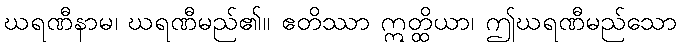
ဃရဏီနာမ၊ ဃရဏီမည်၏။ ဧတိဿာ ဣတ္ထိယာ၊ ဤဃရဏီမည်သော